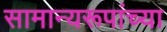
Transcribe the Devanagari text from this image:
सामान्यरूपांच्या